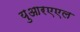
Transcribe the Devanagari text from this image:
युआरएएल